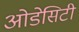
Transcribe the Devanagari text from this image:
ओडेसिटी